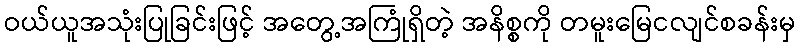
ဝယ်ယူအသုံးပြုခြင်းဖြင့် အတွေ့အကြုံရှိတဲ့ အနိစ္စကို တမူးမြေငလျင်စခန်းမှ